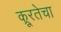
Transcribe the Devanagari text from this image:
क्रूरतेचा